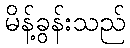
မိန့်ခွန်းသည်